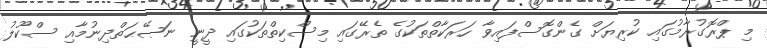
މި ޕްރޮގުރާމުގައި ކުރިޔަށް ގެންގޮސްފައިވާ ހަރަކާތްތަކުގެ ތެރޭގައި މިސްކިތްތަކުގައި ދީނީ ނަޞޭޙަތްދިނުމާއި ސްކޫލު